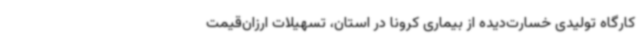
کارگاه تولیدی خسارت‌دیده از بیماری کرونا در استان، تسهیلات ارزان‌قیمت